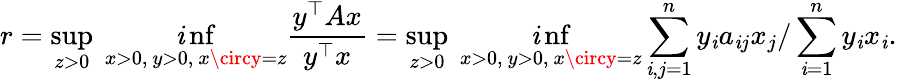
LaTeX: r=\operatorname*{sup}_{z>0}\ \operatorname*{\mathit{i}nf}_{x>0,\ y>0,\ x\circy=z}{\frac{{y^{\top}Ax}}{{y^{\top}x}}}=\operatorname*{sup}_{z>0}\ \operatorname*{\mathit{i}nf}_{x>0,\ y>0,\ x\circy=z}\sum_{\mathit{i},j=1}^{n}y_{\mathit{i}}a_{\mathit{i}j}x_{j}/\sum_{\mathit{i}=1}^{n}y_{\mathit{i}}x_{\mathit{i}}.